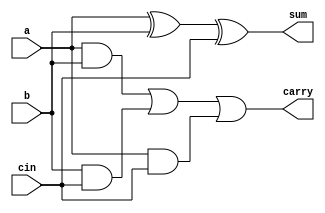
module FullAdder
(
	input a,
	input b,
	input cin,
	output sum,
	output carry
);

assign sum = (a ^ b ^ cin);
assign carry = (a & b) | (b & cin) | (a & cin);

endmodule